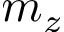
m _ { z }